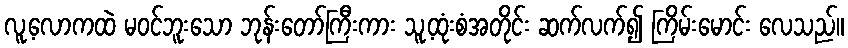
လူ့လောကထဲ မဝင်ဘူးသော ဘုန်းတော်ကြီးကား သူ့ထုံးစံအတိုင်း ဆက်လက်၍ ကြိမ်းမောင်း လေသည်။